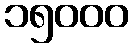
၁၅၀၀၀